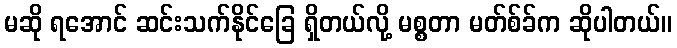
မဆို ရအောင် ဆင်းသက်နိုင်ခြေ ရှိတယ်လို့ မစ္စတာ မတ်စ်ခ်က ဆိုပါတယ်။